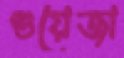
গুয়েজা